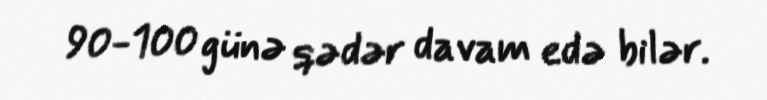
90-100 günə qədər davam edə bilər.